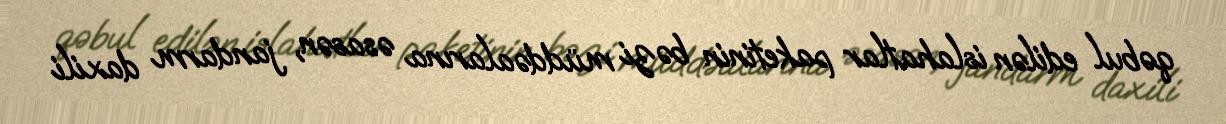
qəbul edilən islahatlar paketinin bəzi müddəalarına əsasən, jandarm daxili